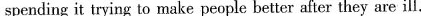
spending it trying to make people better after they are ill.